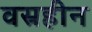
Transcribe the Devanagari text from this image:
वस्रहीन